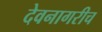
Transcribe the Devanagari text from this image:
देवनागरीच